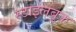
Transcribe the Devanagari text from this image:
स्टाइलबुक